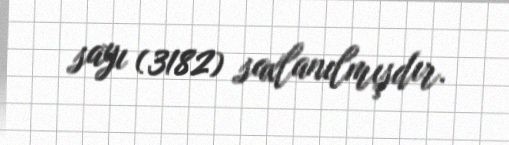
sayı (3182) saxlanılmışdır.